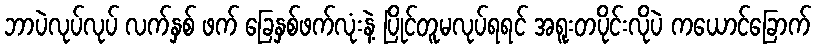
ဘာပဲလုပ်လုပ် လက်နှစ် ဖက် ခြေနှစ်ဖက်လုံးနဲ့ ပြိုင်တူမလုပ်ရရင် အရူးတပိုင်းလိုပဲ ကယောင်ခြောက်